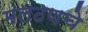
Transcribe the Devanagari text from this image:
मलठणचे